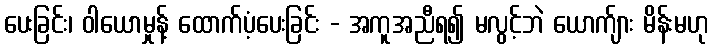
ပေးခြင်း၊ ဝါယောမှုန့် ထောက်ပံ့ပေးခြင်း - အကူအညီရ၍ မလွင့်ဘဲ ယောက်ျား မိန်းမဟု